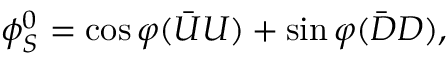
\phi _ { S } ^ { 0 } = \cos \varphi { ( \bar { U } U ) } + \sin \varphi { ( \bar { D } D ) } ,